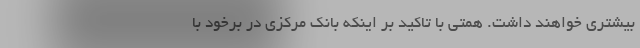
بیشتری خواهند داشت. همتی با تاکید بر اینکه بانک مرکزی در برخود با